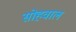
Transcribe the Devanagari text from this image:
सोहवाल